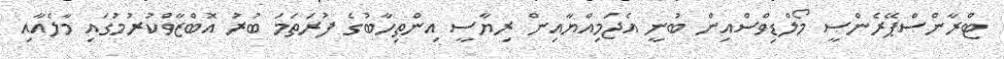
ޓްރާންސްޕޭރެންސީ މޯލްޑިވްސްއިން ބުނީ އެޖަމިއްޔާއިން ރިޔާސީ އިންތިހާބުގެ ފުރަތަމަ ބުރު އޮބްޒާވްކުރުމުގައި މާލެއާއި